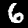
Label: 6